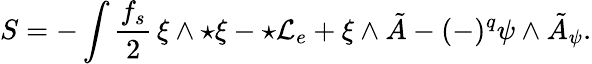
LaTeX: S=-\int\frac{f_{s}}{2}\, \xi\wedge{\star\xi}-\star{\cal L}_{e}+\xi\wedge\tilde{A}-(-)^{q}\psi\wedge\tilde{A}_{\psi}.